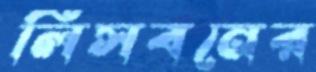
লিসবনের